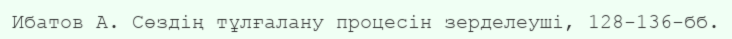
Ибатов А. Сөздің тұлғалану процесін зерделеуші, 128-136-бб.